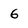
Character: 6